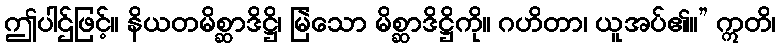
ဤပါဌ်ဖြင့်။ နိယတမိစ္ဆာဒိဋ္ဌိ၊ မြဲသော မိစ္ဆာဒိဋ္ဌိကို။ ဂဟိတာ၊ ယူအပ်၏။” ဣတိ၊